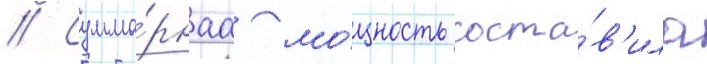
// Сумма́рнаа мо́щность соста́в'ила